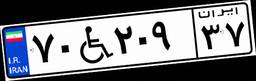
۷۰W۲۰۹۳۷